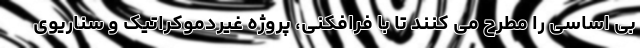
بی اساسی را مطرح می کنند تا با فرافکنی، پروژه غیردموکراتیک و سناریوی